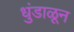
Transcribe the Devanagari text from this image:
धुंडाळून